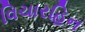
વિચારહિન